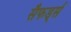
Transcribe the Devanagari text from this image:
सैफर्ड्स